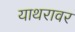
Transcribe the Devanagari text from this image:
याथरावर